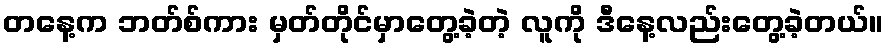
တနေ့က ဘတ်စ်ကား မှတ်တိုင်မှာတွေ့ခဲ့တဲ့ လူကို ဒီနေ့လည်းတွေ့ခဲ့တယ်။